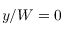
y / W = 0